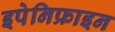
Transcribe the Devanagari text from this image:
इपेनिफ्राइन